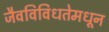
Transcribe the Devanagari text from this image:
जैवविविधतेमधून